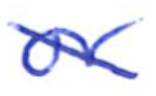
Text: or
Cross-out: diagonal
Writing tool: ballpoint